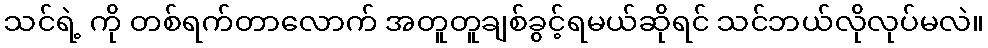
သင်ရဲ့ ကို တစ်ရက်တာလောက် အတူတူချစ်ခွင့်ရမယ်ဆိုရင် သင်ဘယ်လိုလုပ်မလဲ။